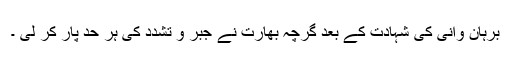
برہان وانی کی شہادت کے بعد گرچہ بھارت نے جبر و تشدد کی ہر حد پار کر لی ۔